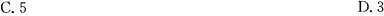
C.5 D.3